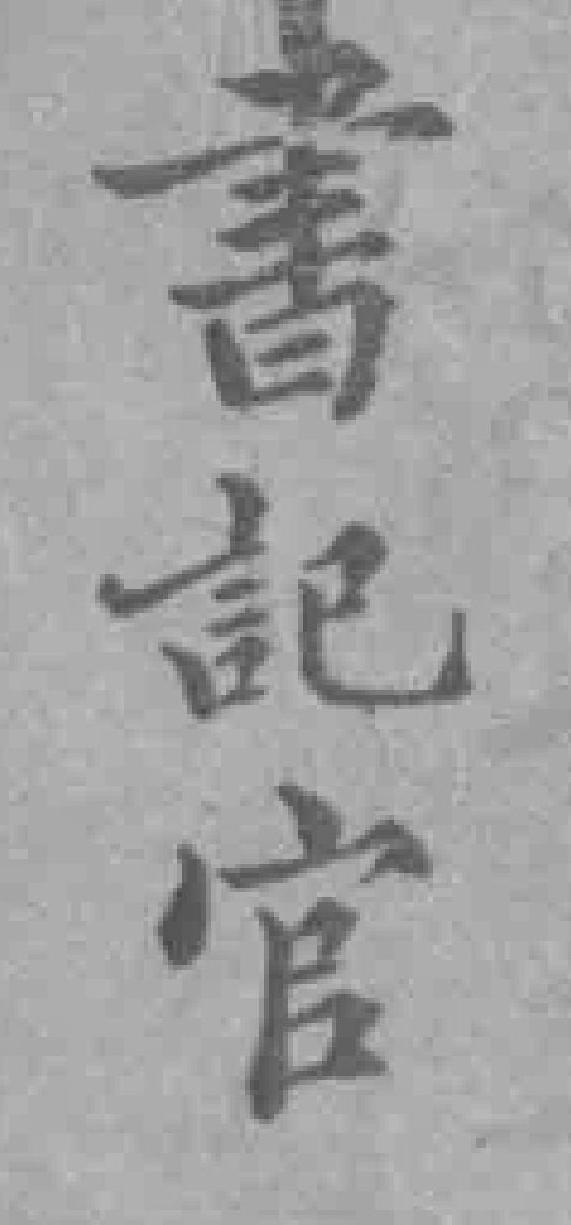
書記官